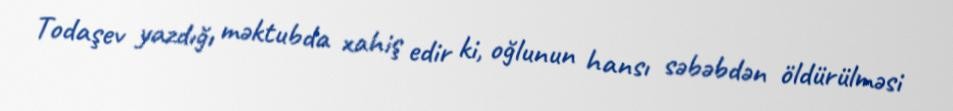
Todaşev yazdığı məktubda xahiş edir ki, oğlunun hansı səbəbdən öldürülməsi